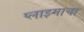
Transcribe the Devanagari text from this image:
प्लाझ्माचा